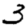
Digit: 3